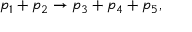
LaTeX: p _ { 1 } + p _ { 2 } \rightarrow p _ { 3 } + p _ { 4 } + p _ { 5 } ,